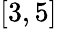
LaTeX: [3,5]